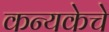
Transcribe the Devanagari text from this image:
कन्यकेचे